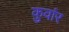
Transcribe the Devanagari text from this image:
कुवांर